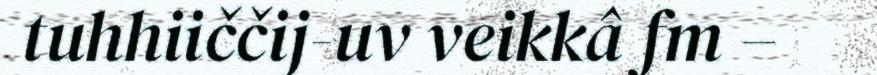
tuhhiiččij-uv veikkâ fm –